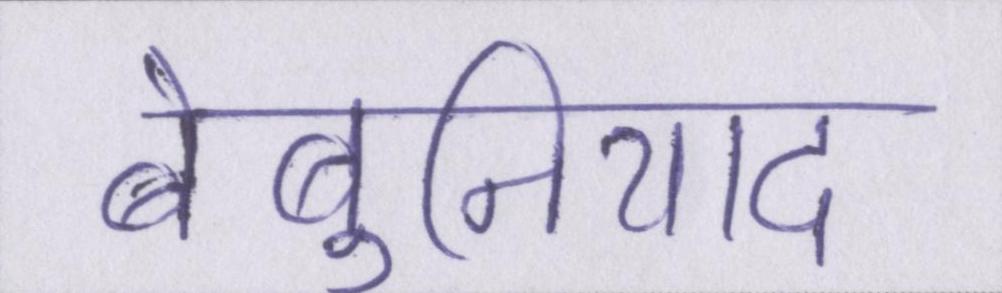
बेबुनियाद